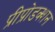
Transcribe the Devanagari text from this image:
प्रीप्रोडक्शन